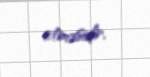
etməsidir.